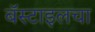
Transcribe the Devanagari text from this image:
बॅस्टाइलचा